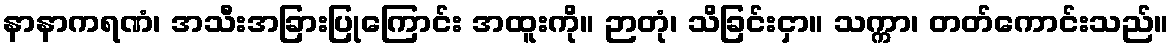
နာနာကရဏံ၊ အသီးအခြားပြုကြောင်း အထူးကို။ ဉာတုံ၊ သိခြင်းငှာ။ သက္ကာ၊ တတ်ကောင်းသည်။